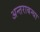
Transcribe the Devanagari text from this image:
अन्तराबन्धा